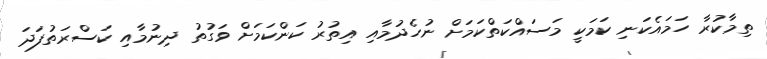
ތިމާކުރާ ހަމައެކަނި ކަމަކީ މަސައްކަތްކަމަށް ނުހެދުމާއި އިތުރު ކަންކަމަށް ވަގުތު ދިނުމާއި ކަސްރަތުފަދަ